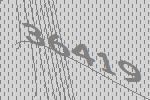
36419